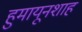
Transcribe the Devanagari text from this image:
हुमायूनशाह